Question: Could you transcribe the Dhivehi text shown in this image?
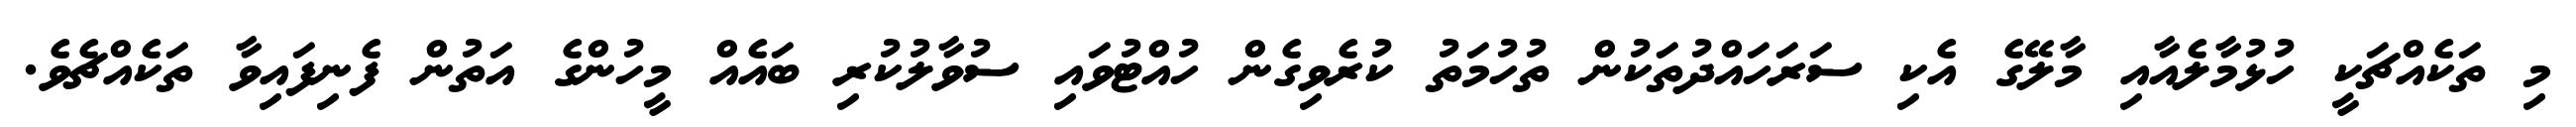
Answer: މި ތަކެއްޗަކީ ހުޅުމާލެއާއި މާލޭގެ އެކި ސަރަހައްދުތަކުން ތުހުމަތު ކުރެވިގެން ހުއްޓުވައި ސުވާލުކުރި ބައެއް މީހުންގެ އަތުން ފެނިފައިވާ ތަކެއްޗެވެ.